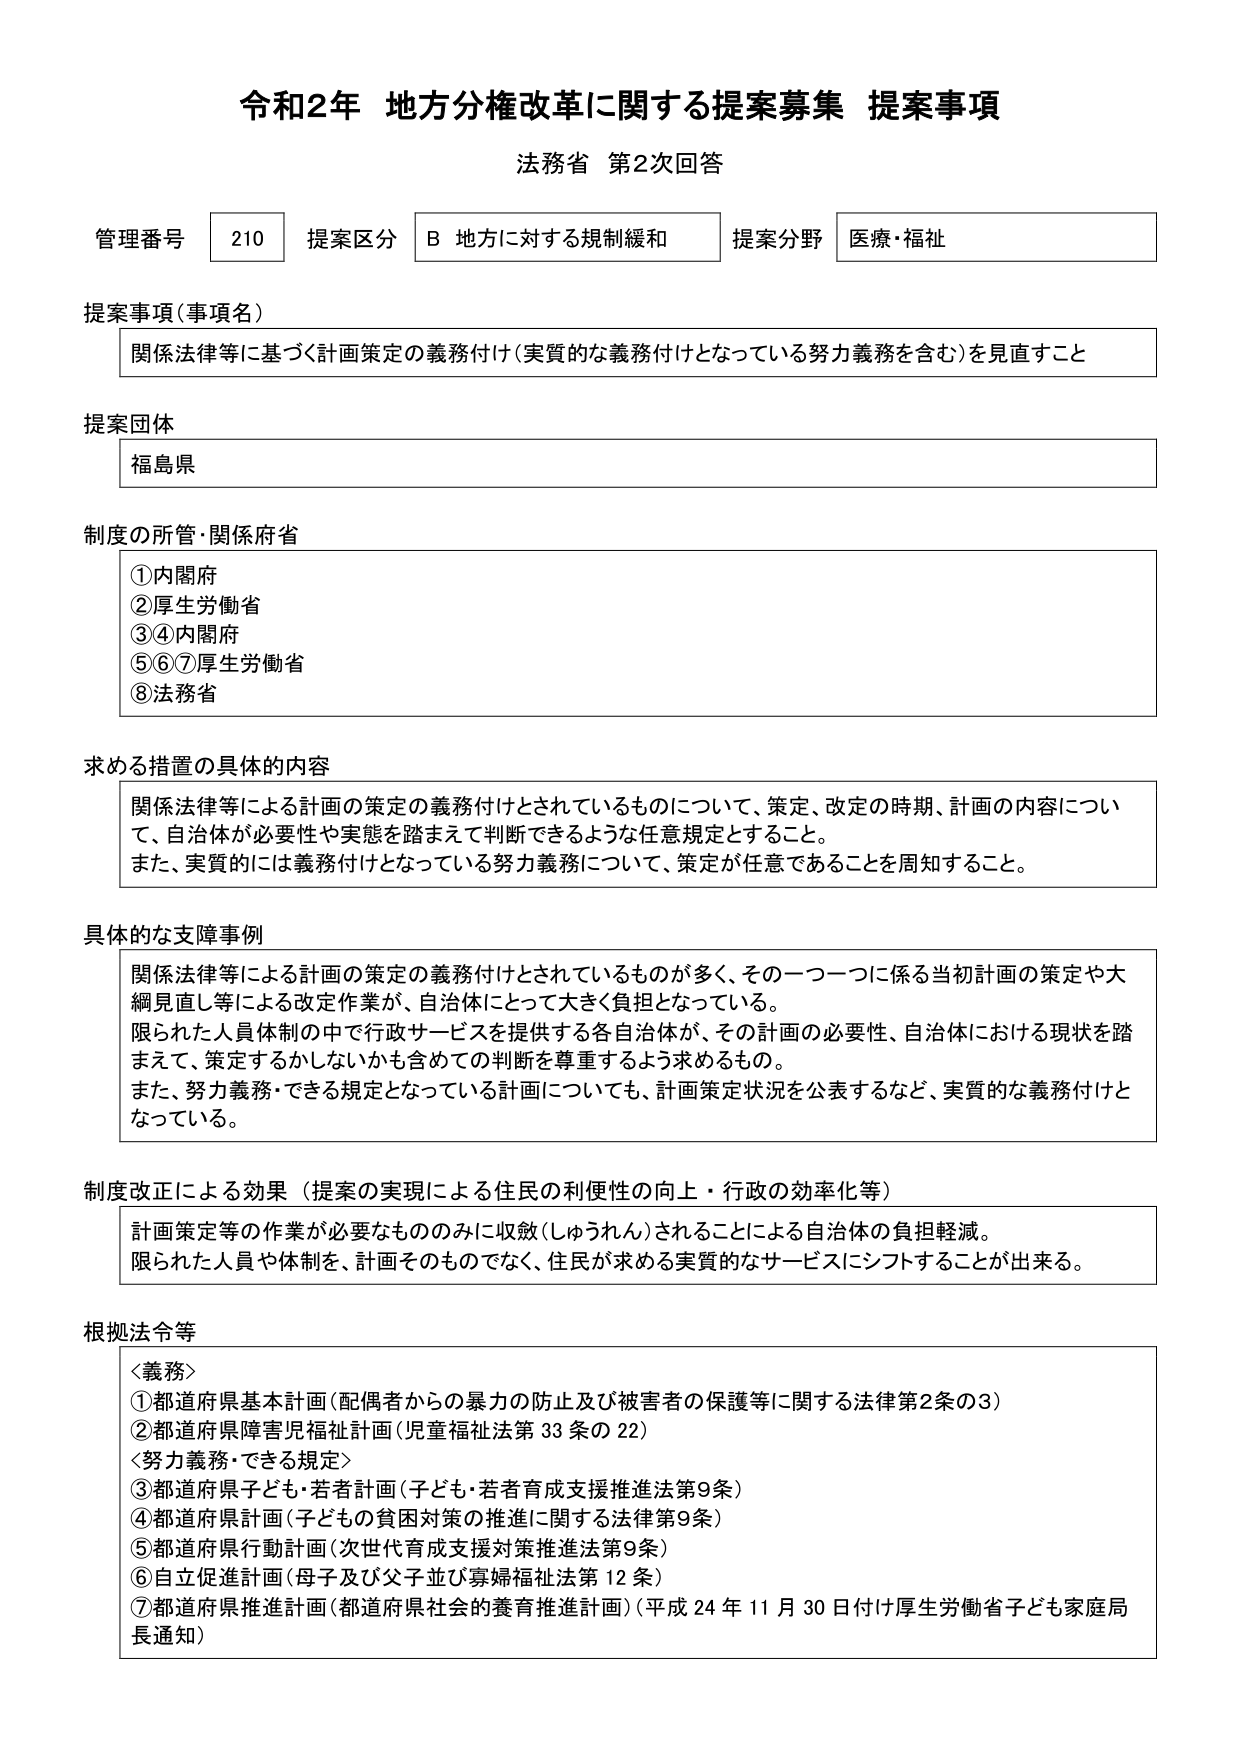
令和2年 地方分権改革に関する提案募集 提案事項
法務省 第2次回答

管理番号 210 提案区分 B 地方に対する規制緩和 提案分野 医療・福祉

提案事項（事項名）
関係法律等に基づく計画策定の義務付け（実質的な義務付けとなっている努力義務を含む）を見直すこと

提案団体
福島県

制度の所管・関係府省
①内閣府
②厚生労働省
③④内閣府
⑤⑥⑦厚生労働省
⑧法務省

求める措置の具体的内容
関係法律等による計画の策定の義務付けとされているものについて、策定、改定の時期、計画の内容について、自治体が必要性や実態を踏まえて判断できるような任意規定とすること。
また、実質的には義務付けとなっている努力義務について、策定が任意であることを周知すること。

具体的な支障事例
関係法律等による計画の策定の義務付けとされているものが多く、その一つ一つに係る当初計画の策定や大綱見直し等による改定作業が、自治体にとって大きく負担となっている。
限られた人員体制の中で行政サービスを提供する各自治体が、その計画の必要性、自治体における現状を踏まえて、策定するかしないかも含めての判断を尊重するよう求めるもの。
また、努力義務・できる規定となっている計画についても、計画策定状況を公表するなど、実質的な義務付けとなっている。

制度改正による効果（提案の実現による住民の利便性の向上・行政の効率化等）
計画策定等の作業が必要なもののみに収斂（しゅうれん）されることによる自治体の負担軽減。
限られた人員や体制を、計画そのものでなく、住民が求める実質的なサービスにシフトすることが出来る。

根拠法令等
＜義務＞
①都道府県基本計画（配偶者からの暴力の防止及び被害者の保護等に関する法律第2条の3）
②都道府県障害児福祉計画（児童福祉法第33条の22）
＜努力義務・できる規定＞
③都道府県子ども・若者計画（子ども・若者育成支援推進法第9条）
④都道府県計画（子どもの貧困対策の推進に関する法律第9条）
⑤都道府県行動計画（次世代育成支援対策推進法第9条）
⑥自立促進計画（母子及び父子並び寡婦福祉法第12条）
⑦都道府県推進計画（都道府県社会的養育推進計画）（平成24年11月30日付け厚生労働省子ども家庭局長通知）